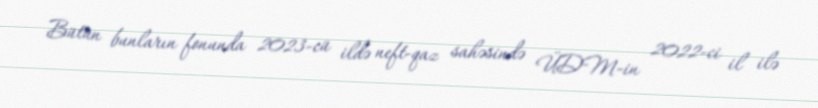
Bütün bunların fonunda 2023-cü ildə neft-qaz sahəsində ÜDM-in 2022-ci il ilə